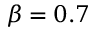
\beta = 0 . 7